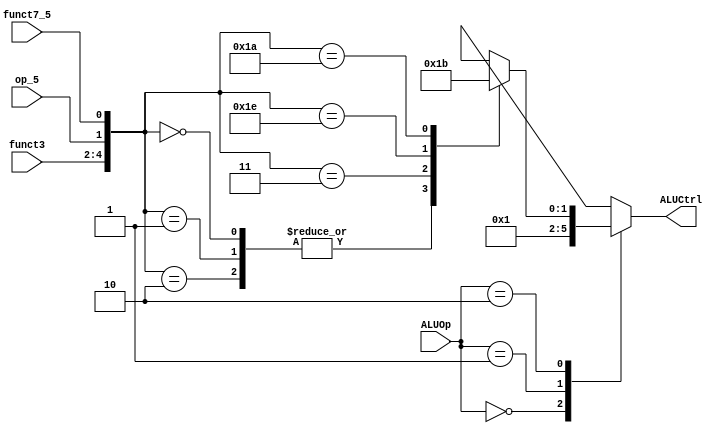
//Input: ALUOp, funct3(Instr[14:12]), opcode[5](Instr[5]), funct7[5](Instr[30])
//Output: ALUCtrl
module alu_decoder (
    ALUOp, funct3, op_5, funct7_5, ALUCtrl
);
    input [1:0] ALUOp;
    input [2:0] funct3;
    input op_5, funct7_5;
    output reg [1:0] ALUCtrl;
    ///////////////////////////////////////////////////
    always @(ALUOp, funct3, op_5, funct7_5) begin
        case (ALUOp)            
            2'b00:  ALUCtrl = 2'b00;                                            //LW & JALR                            
            2'b01:  ALUCtrl = 2'b01;                                            //SW
            2'b10:  case ({funct3, op_5, funct7_5})
                        5'b000_0_0, 5'b000_0_1, 5'b000_1_0: ALUCtrl = 2'b00;    //ADD & ADDI
                        5'b000_1_1: ALUCtrl = 2'b01;                            //SUB
                        5'b111_1_0: ALUCtrl = 2'b10;                            //AND & ANDI
                        5'b110_1_0: ALUCtrl = 2'b11;                            //OR  & ORI 
                        default: ALUCtrl = 2'bxx; 
                    endcase 
            default: ALUCtrl = 2'bxx;
        endcase
    end
endmodule